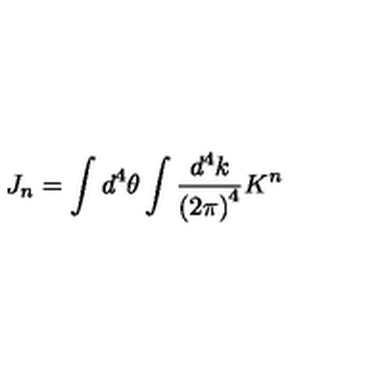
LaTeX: J _ { n } = \int d ^ { 4 } \theta \int \frac { d ^ { 4 } k } { { ( 2 \pi ) } ^ { 4 } } K ^ { n }